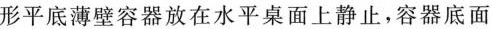
形平底薄壁容器放在水平桌面上静止，容器底面